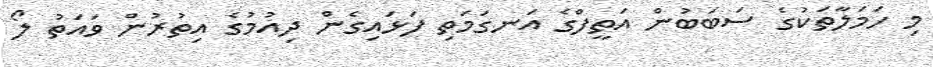
މި ހަމަލާތަކުގެ ސަބަބުން އަތީފްގެ އަނގަމަތި ފަޅައިގެން ދިއުމުގެ އިތުރުން ވައަތު ލޯ